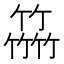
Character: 𥴒